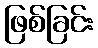
ဖြစ်ခြင်း